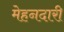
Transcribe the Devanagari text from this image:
मेहनदारी